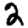
Digit: 2